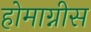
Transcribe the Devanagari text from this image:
होमाग्नीस